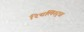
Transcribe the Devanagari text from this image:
रियलिस्ट्स